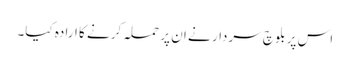
اس پر بلوچ سردار نے ان پر حملہ کرنے کا ارادہ کیا۔